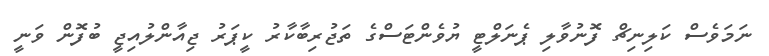
ނަމަވެސް ކަލިނިޗް ފޮނުވާލި ޕެނަލްޓީ ޔުވެންޓަސްގެ ތަޖުރިބާކާރު ކީޕަރު ޖިއާންލުއިޖީ ބުފޮން ވަނީ